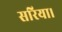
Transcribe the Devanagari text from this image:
सरिया।